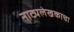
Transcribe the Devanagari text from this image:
नाट्यलेखकाचा